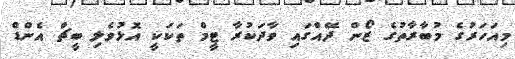
މިއަހަރުގެ މުބާރާތުގެ ޒޯން ދޭއްގައި ވާދަކުރާ ޓީމް ތަކަކީ އޮޅުވެލި ބީޗް އެންޑް